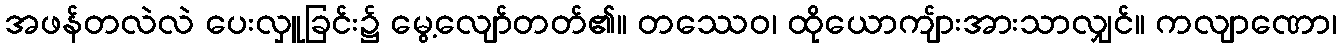
အဖန်တလဲလဲ ပေးလှူခြင်း၌ မွေ့လျော်တတ်၏။ တဿေဝ၊ ထိုယောကျ်ားအားသာလျှင်။ ကလျာဏော၊